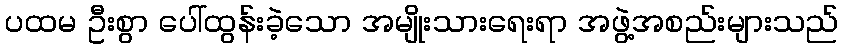
ပထမ ဦးစွာ ပေါ်ထွန်းခဲ့သော အမျိုးသားရေးရာ အဖွဲ့အစည်းများသည်